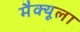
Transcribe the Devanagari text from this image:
मैक्‍यूला